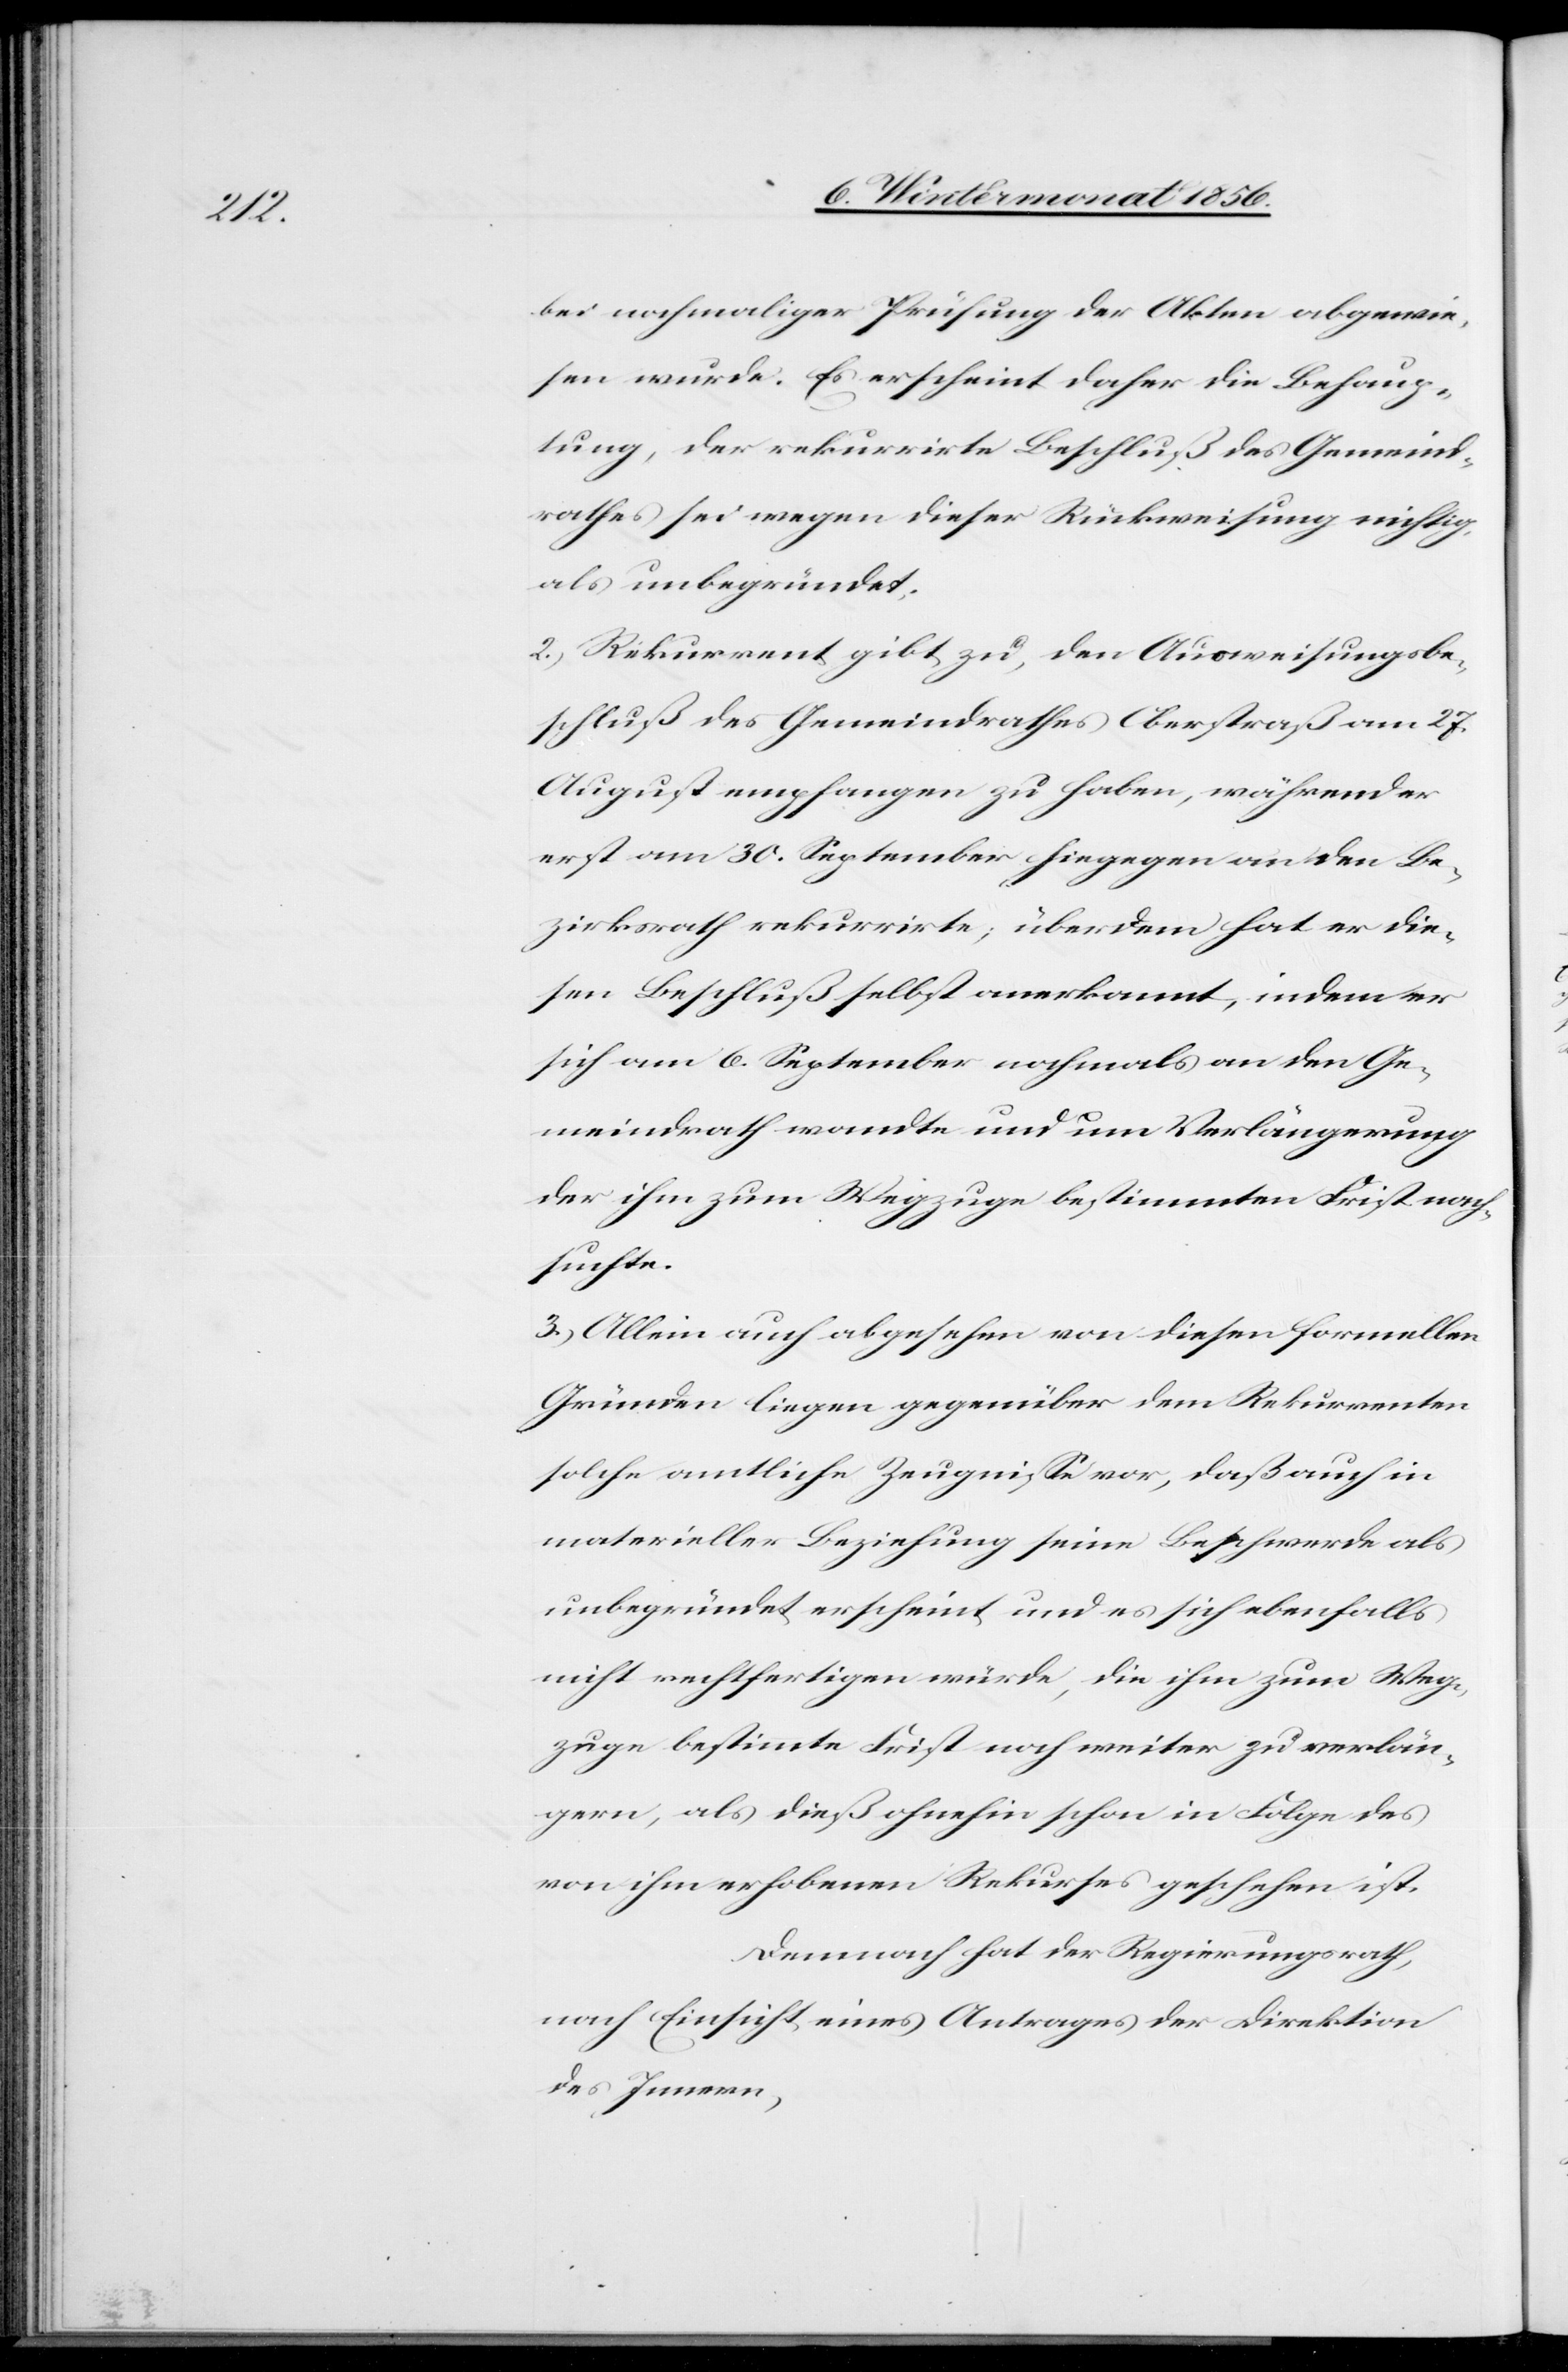
bei nochmaliger Prüfung der Akten abgewie¬
sen wurde. Es erscheint daher die Behaup¬
tung, der rekurrirte Beschluß des Gemeind¬
rathes sei wegen dieser Rückweisung nichtig,
als unbegründet.
2.) Rekurrent gibt zu, den Ausweisungsbe¬
schluß des Gemeindrathes Oberstraß am 27.
August empfangen zu haben, während er
erst am 30. September hiegegen an den Be¬
zirksrath rekurrirte; überdem hat er die¬
sen Beschluß selbst anerkannt, indem er
sich am 6. September nochmals an den Ge¬
meindrath wandte und um Verlängerung
der ihm zum Wegzuge bestimmten Frist nach¬
suchte.
3.) Allein auch abgesehen von diesen formellen
Gründen liegen gegenüber dem Rekurrenten
solche amtliche Zeugnisse vor, daß auch in
materieller Beziehung seine Beschwerde als
unbegründet erscheint und es sich ebenfalls
nicht rechtfertigen würde, die ihm zum Weg¬
zuge bestimmte Frist noch weiter zu verlän¬
gern, als dieß ohnehin schon in Folge des
von ihm erhobenen Rekurses geschehen ist.
Demnach hat der Regierungsrath,
nach Einsicht eines Antrages der Direktion
des Innern,